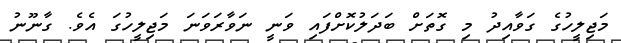
މަޖިލީހުގެ ގަވާއިދު މި ގޮތަށް ބަދަލުކޮށްފައި ވަނީ ނަވާރަވަނަ މަޖިލީހުގަ އެވެ. ގާނޫނު